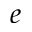
e